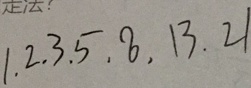
1 . 2 . 3 . 5 . 8 . 1 3 . 2 1